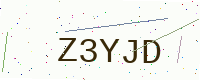
Text: Z3YJD